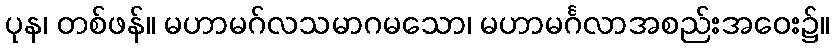
ပုန၊ တစ်ဖန်။ မဟာမဂ်လသမာဂမသော၊ မဟာမင်္ဂလာအစည်းအဝေး၌။